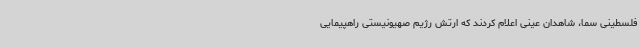
فلسطینی سما، شاهدان عینی اعلام کردند که ارتش رژیم صهیونیستی راهپیمایی